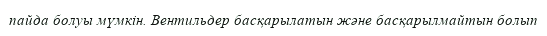
пайда болуы мүмкін. Вентильдер басқарылатын және басқарылмайтын болып